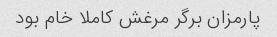
پارمزان برگر مرغش کاملا خام بود